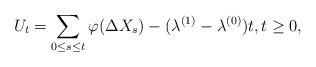
LaTeX: \begin{align*}U_t = \sum_{0\leq s\leq t}\varphi(\Delta X_s) -(\lambda^{(1)}-\lambda^{(0)})t, t\geq 0,\end{align*}